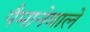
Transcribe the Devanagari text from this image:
पैमानेवाले